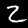
Label: 2